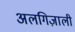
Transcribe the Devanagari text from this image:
अलगिज़ाली